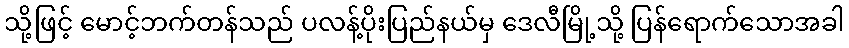
သို့ဖြင့် မောင့်ဘက်တန်သည် ပလန့်ပိုးပြည်နယ်မှ ဒေလီမြို့သို့ ပြန်ရောက်သောအခါ